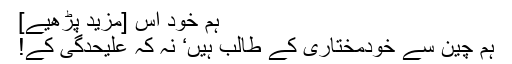
ہم خود اس [مزید پڑھیے]
ہم چین سے خودمختاری کے طالب ہیں‘ نہ کہ علیحدگی کے!